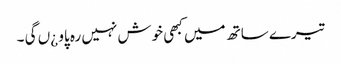
تیرے ساتھ میں کبھی خوش نہیں رہ پاو ¿ں گی ۔